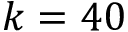
k = 4 0